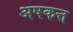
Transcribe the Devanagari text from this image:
अषकत्त